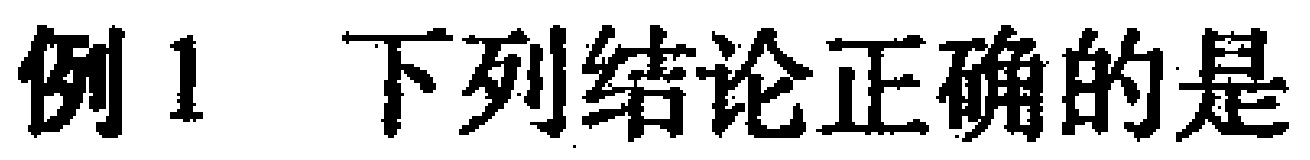
例1 下列结论正确的是